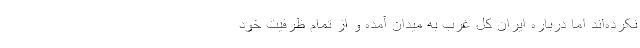
نکرده‌اند اما درباره ایران کل غرب به میدان آمده و از تمام ظرفیت خود